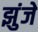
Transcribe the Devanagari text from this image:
झुंजे